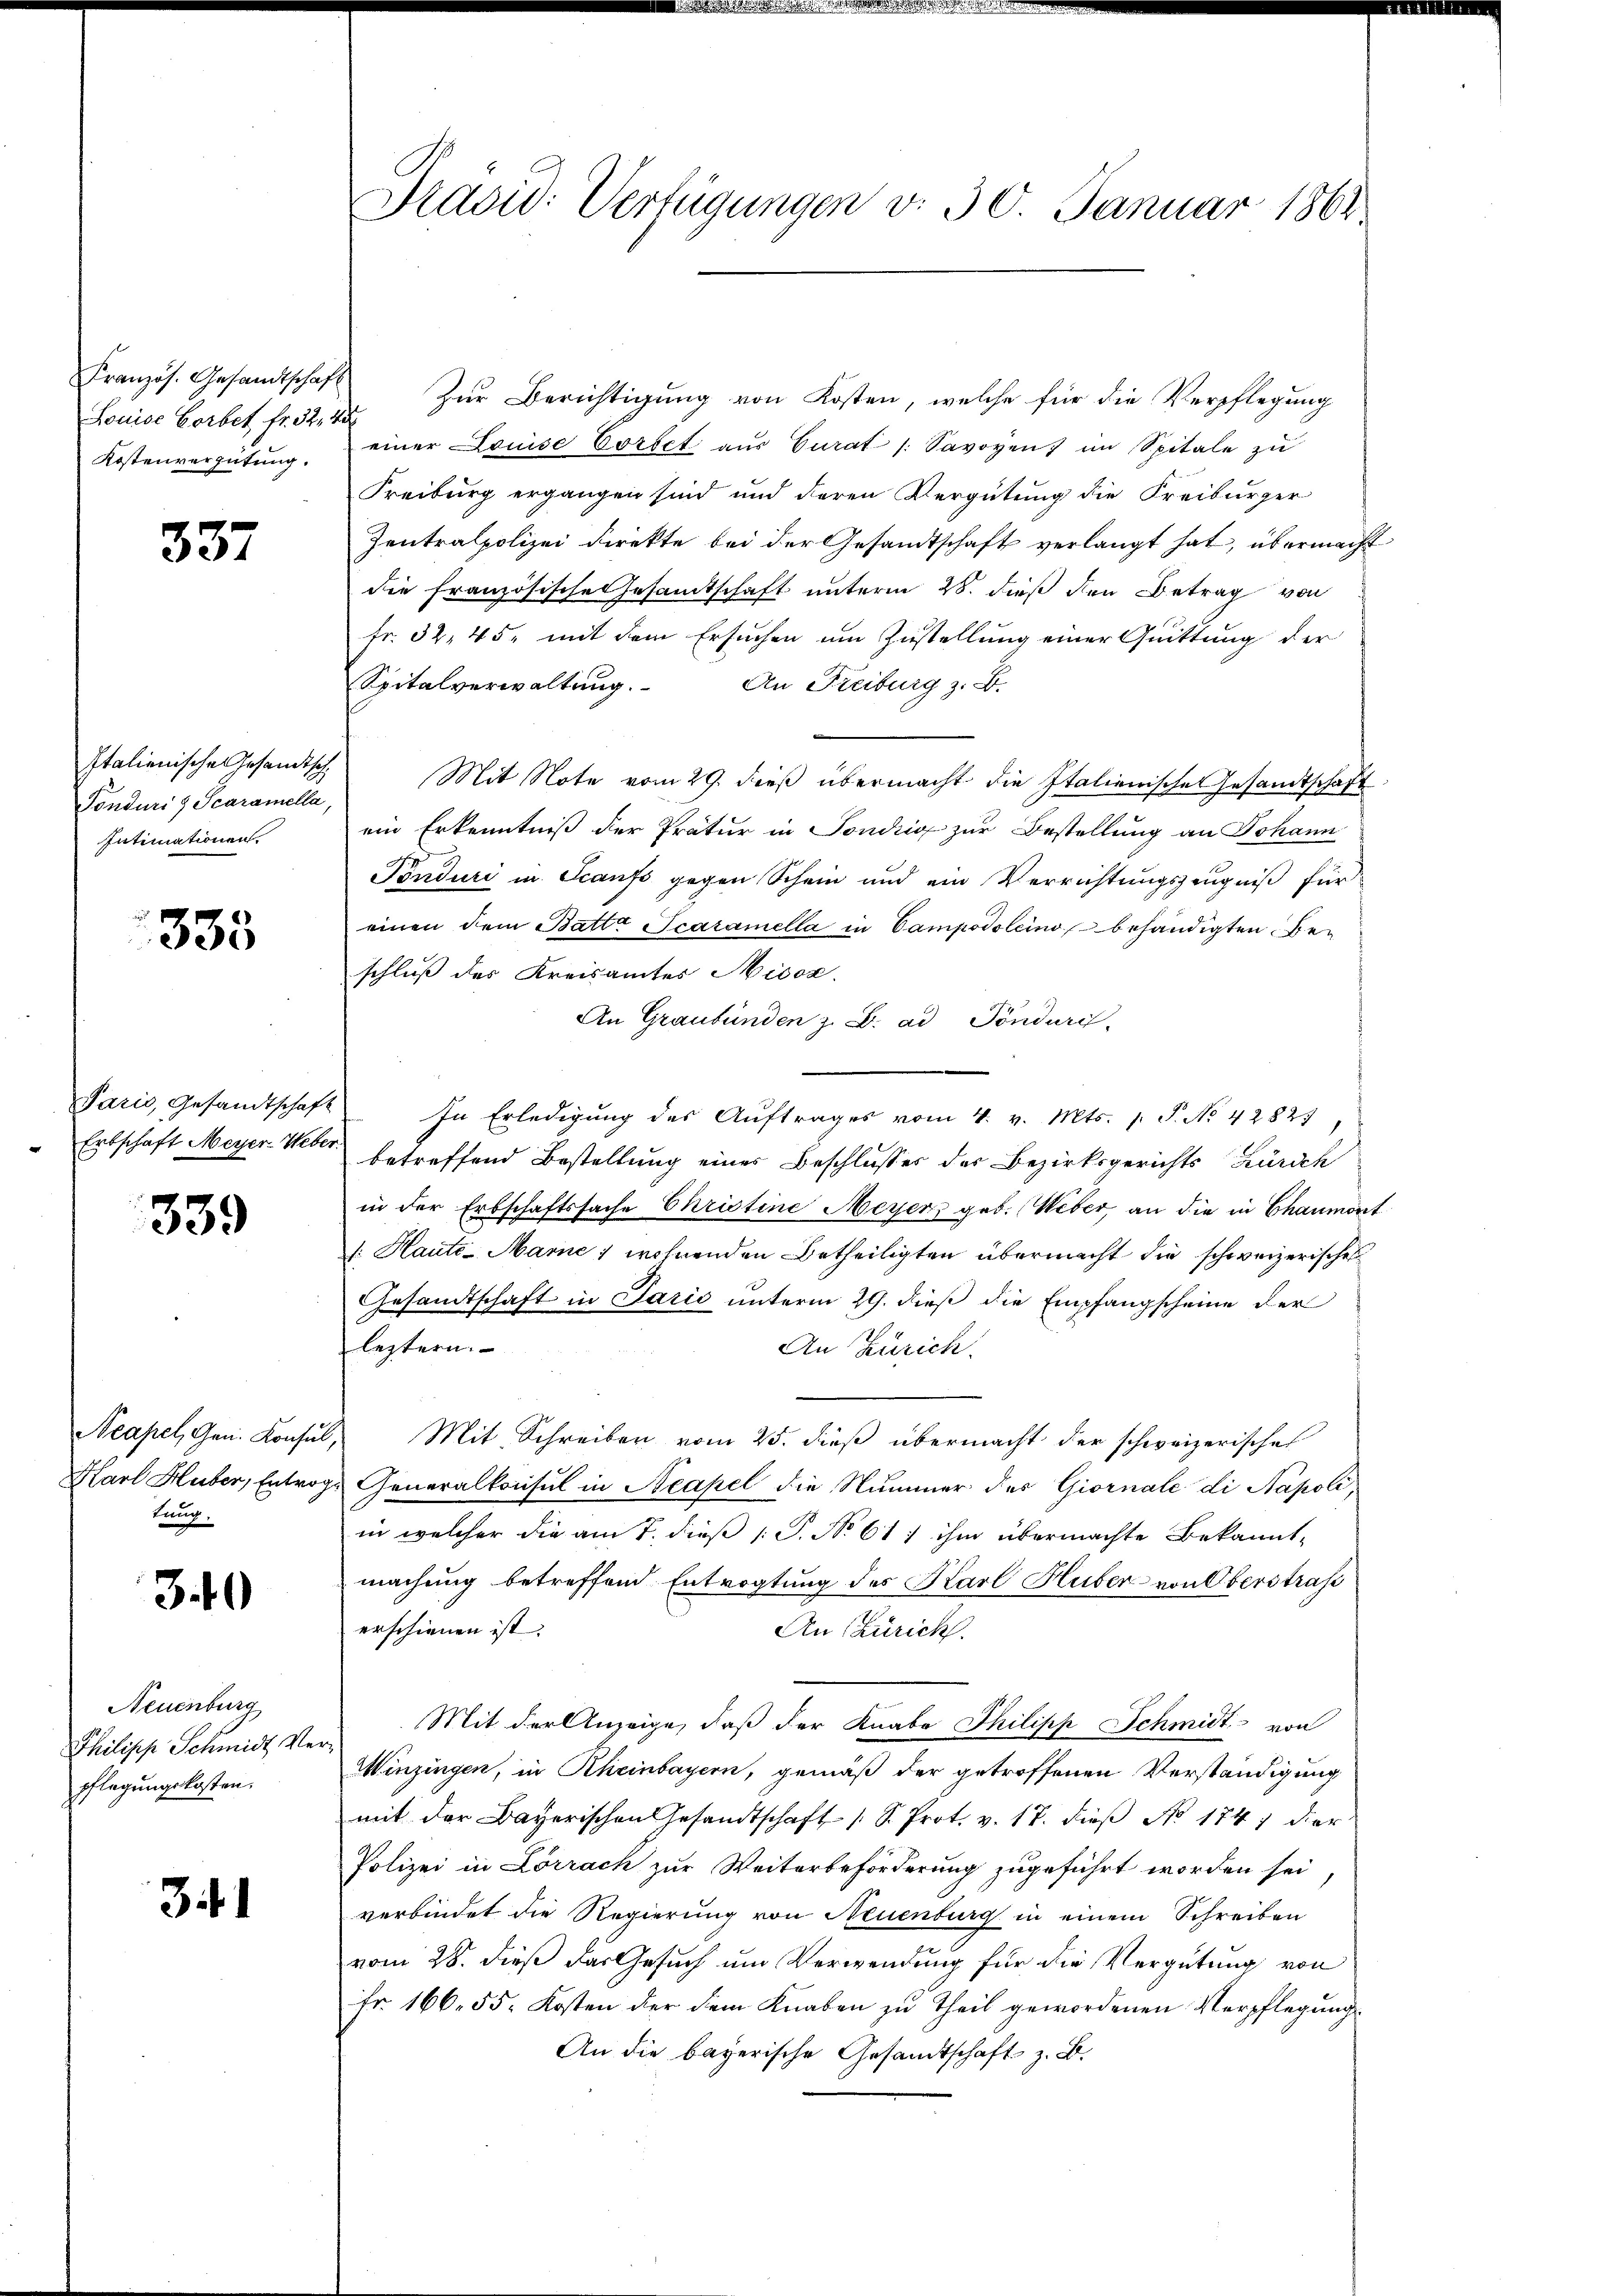
Louise Vorbet fr. 32, 43
Kostenvergütung.

337

Italienischen Gesandtsch,
Tonduri, Scaramella,
Intimationen.

333

Paris, Gesandtschaft
 Erbschaft Meyer Weber

339

Neapel, Gen. Konsul,
Karl Huber, Entrog
tung.

3.40

Neuenburg
Philipp Schmidt Ver
pflegungskosten.

341

Prävid: Verfügungen v. 30. Januar 1864.

Französ. Gesandtschaft zŭr Berichtigŭng von Kosten, welche für die Verpflegung
einer Louise Vortet aŭs Curat /: Savoyen im Spitale zŭ
Freiburg ergangen sind und deren Vergütung die Freiburger
Zentralpolizei Direkte bei der Gesandtschaft verlangt hat, übermacht
die französische Gesandtschaft unterm 28. dieß den Betrag von
fr. 32, 45, mit dem Ersuchen um Zustellung einer Quittung der
Spitalverwaltung.
An Freiburg z. B.
Mit Note vom 29. dieß übermacht die Italienische Gesandtschaft
ein Erkenntniß der Pratur in Sondig zur Bestellung an Johann
Tönduri in Scaufs gegen Schein und ein Verrichtungszeugniß für
einen dem Batta caramella in Campodoleino behändigten Be-
schluß des Kreisamtes Hisoz.
An Graubünden z. B. ad Tönduris-
In Erledigung des Auftrages vom 4. v. Mts. 1 S. No. 42827
betreffend Bestellung eines Beschlusses der Bezirksgerichts Zürich
in der Erbschaftssache Christine Meyer, geb. Weber, an die in Chaumont
(: Haute-Marne; wohnenden Betheiligten übermacht die schweizerisches
Gesandtschaft in Paris unterm 29. dieß die Empfangscheine der
leztern.
An Zürich.
2 Mit Schreiben vom 25. dieß übermacht der schweizerisches
Generalkonsul in Neapel die Nummer des Giornale di Napoli,
in welcher die am 7. dieß [P. No 611 ihm übermachte Bekannt-
machung betreffend Entrogtung des Karl Huber von Oberstrafe
erschienen ist.
An Zürich.
Mit der Anzeige, daß der Knabe Philipp Schmidt von
Winzingen, in Rheinbayern, gemäß der getroffenen Verständigung
mit der Bayerischen Gesandtschaft 1 S. Prot. v. 17. dieβ No 1747 dier
Polizei in Lörrach zur Weiterbeförderung zugeführt worden sei,
verbindet die Regierung von Neuenburg in einem Schreiben
vom 28. dieß das Gesuch um Verwendung für die Vergütung von
Fr. 166. 55. Kosten der dem Knaben zu Theil gewordenen Verpflegung
An die bayerische Gesandtschaft z. B.